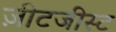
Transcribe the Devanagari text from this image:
ज़ीटजीस्ट